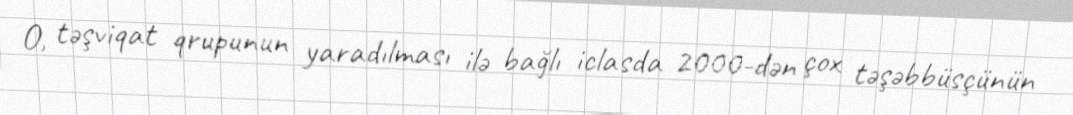
O, təşviqat qrupunun yaradılması ilə bağlı iclasda 2000-dən çox təşəbbüsçünün